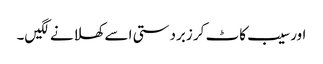
اور سیب کاٹ کر زبردستی اسے کھلانے لگیں۔